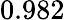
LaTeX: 0.982